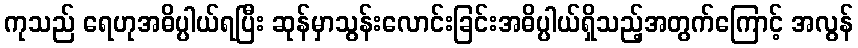
ကုသည် ရေဟုအဓိပ္ပါယ်ရပြီး ဆုန်မှာသွန်းလောင်းခြင်းအဓိပ္ပါယ်ရှိသည့်အတွက်ကြောင့် အလွန်